Document type: Dowry acquittance
Year: 1240
Scribe: Pere de Bages
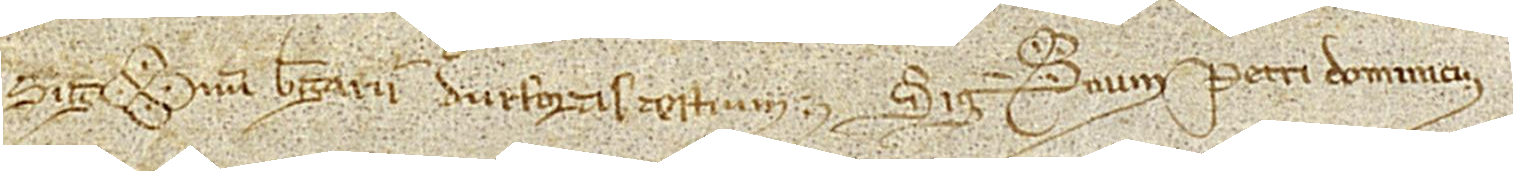
Sig(signe)num Berengarii Durfortis, testium, Sig(signe)num Petri Dominici.